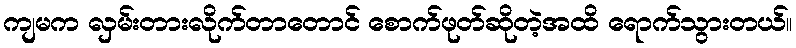
ကျမက လှမ်းတားလိုက်တာတောင် စောက်ဖုတ်ဆိုတဲ့အထိ ရောက်သွားတယ်။